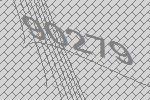
90279